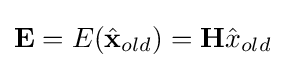
\mathbf {E} =E({\hat {\mathbf {x} }}_{old})=\mathbf {H} {\hat {x}}_{old}